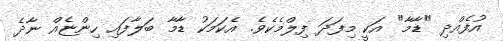
އުފެއްދި "ޑާމާ" އަކީ މިފަދަ ފިލްމެކެވެ. އެކަމަކު ޑާމާ ބަލާފައި ހިންޏެއް ނާދެ